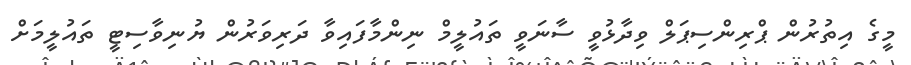
މީގެ އިތުރުން ޕްރިންސިޕަލް ވިދާޅުވީ ސާނަވީ ތައުލީމް ނިންމާފައިވާ ދަރިވަރުން ޔުނިވާސިޓީ ތައުލީމަށް